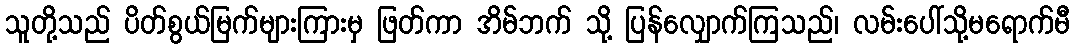
သူတို့သည် ပိတ်စွယ်မြက်များကြားမှ ဖြတ်ကာ အိမ်ဘက် သို့ ပြန်လျှောက်ကြသည်၊ လမ်းပေါ်သို့မရောက်မီ